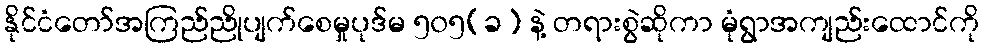
နိုင်ငံတော်အကြည်ညိုပျက်စေမှုပုဒ်မ ၅၀၅(ခ) နဲ့ တရားစွဲဆိုကာ မုံရွာအကျည်းထောင်ကို